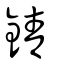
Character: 錆